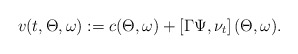
\begin{align*}v(t, \Theta, \omega):= c( \Theta, \omega) + \left[ \Gamma \Psi, \nu_{ t}\right](\Theta, \omega).\end{align*}